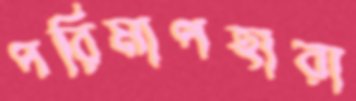
পরিমাপহারা